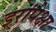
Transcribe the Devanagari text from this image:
इरांपेक्षा